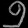
Digit: ၅